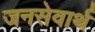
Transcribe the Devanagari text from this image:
जनसेवार्थ